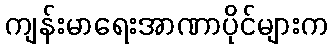
ကျန်းမာရေးအာဏာပိုင်များက